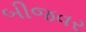
બીજવર